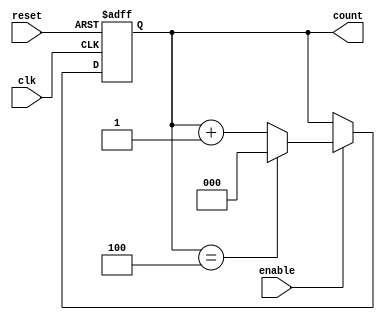
module async_counter #(
    parameter MAX_COUNT = 4 // Maximum count value (2^N - 1). For example, 4 gives us a 2-bit counter.
)(
    input wire clk,         // Clock input
    input wire reset,       // Asynchronous reset input
    input wire enable,      // Enable counting input
    output reg [N-1:0] count // Current count output
);
    localparam N = $clog2(MAX_COUNT + 1); // Calculate number of bits needed for count

    // Asynchronous reset and counting logic
    always @(posedge clk or posedge reset) begin
        if (reset) begin
            count <= 0; // Reset the counter to 0
        end else if (enable) begin
            if (count == MAX_COUNT) begin
                count <= 0; // Roll over to 0 when max count is reached
            end else begin
                count <= count + 1; // Increment the counter
            end
        end
    end
endmodule